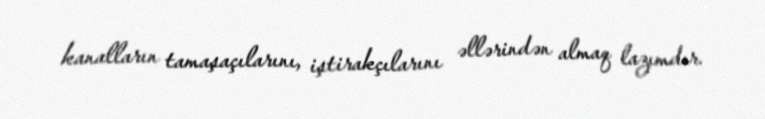
kanalların tamaşaçılarını, iştirakçılarını əllərindən almaq lazımdır.